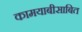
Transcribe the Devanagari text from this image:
कामयाबीसाबित